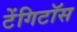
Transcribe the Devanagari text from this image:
टेंगिटॉस